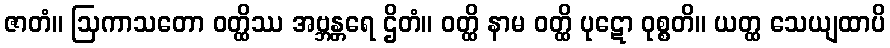
ဇာတံ။ ဩကာသတော ဝတ္ထိဿ အဗ္ဘန္တရေ ဌိတံ။ ဝတ္ထိ နာမ ဝတ္ထိ ပုဋော ဝုစ္စတိ။ ယတ္ထ သေယျထာပိ